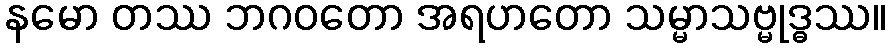
နမော တဿ ဘဂ၀တော အရဟတော သမ္မာသဗ္မုဒ္ဓဿ။